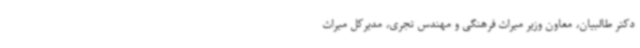
دکتر طالبیان، معاون وزیر میراث فرهنگی و مهندس تجری، مدیرکل میراث